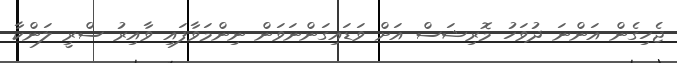
ޖެހިގެން އަންނަ ދުވަހު މޮރިޝަސް އަށް ވަޑައިގަންނަވަން ނިންމަވާފައި ވާއިރު ސްރީ ލަންކާ